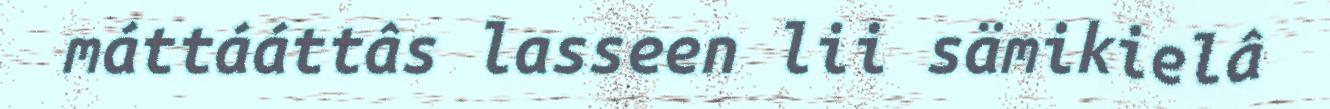
máttááttâs lasseen lii sämikielâ